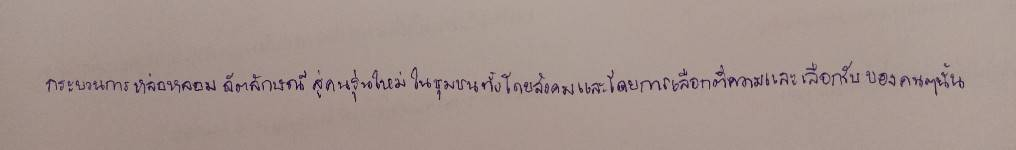
กระบวนการหล่อหลอมอัตลักษณ์สู่คนรุ่นใหม่ในชุมชนทั้งโดยสังคมและโดยการเลือกตีความและเลือกรับของคนๆนั้น